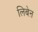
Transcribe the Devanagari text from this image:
लिबेऩ